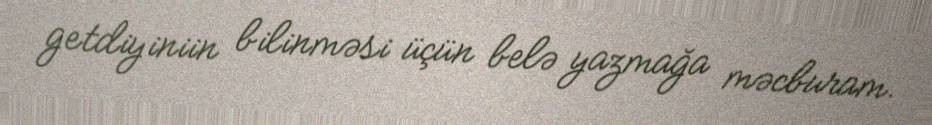
getdiyiniin bilinməsi üçün belə yazmağa məcburam.